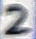
Text: 2